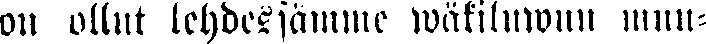
on ollut lehdessämme wäkiluwun muu-